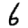
Digit: 6